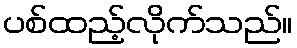
ပစ်ထည့်လိုက်သည်။